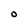
Character: O